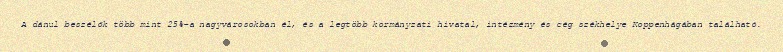
A dánul beszélők több mint 25%-a nagyvárosokban él, és a legtöbb kormányzati hivatal, intézmény és cég székhelye Koppenhágában található.